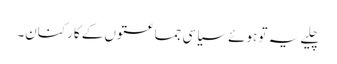
چلیے یہ تو ہوئے سیاسی جماعتوں کے کارکنان۔